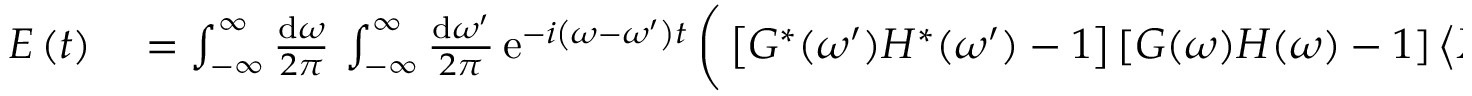
\begin{array} { r l } { E \left( t \right) } & { { } = \int _ { - \infty } ^ { \infty } \frac { \mathrm { d } \omega } { 2 \pi } \, \int _ { - \infty } ^ { \infty } \frac { \mathrm { d } \omega ^ { \prime } } { 2 \pi } \, \mathrm { e } ^ { - i \left( \omega - \omega ^ { \prime } \right) t } \, \bigg ( \left[ G ^ { * } ( \omega ^ { \prime } ) H ^ { * } ( \omega ^ { \prime } ) - 1 \right] \left[ G ( \omega ) H ( \omega ) - 1 \right] \left\langle X ( \omega ) X ^ { * } ( \omega ^ { \prime } ) \right\rangle } \end{array}